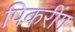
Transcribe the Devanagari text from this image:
पिकरींग